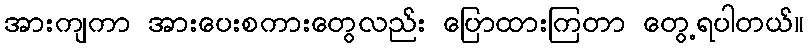
အားကျကာ အားပေးစကားတွေလည်း ပြောထားကြတာ တွေ့ရပါတယ်။